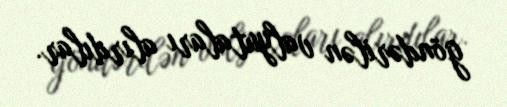
göndərilən valyutaları alırdılar.